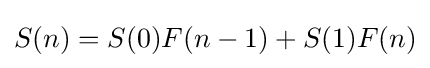
S(n)=S(0)F(n-1)+S(1)F(n)